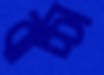
বাচ্চা